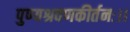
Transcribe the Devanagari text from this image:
पुण्यश्रवणकीर्तनः।।